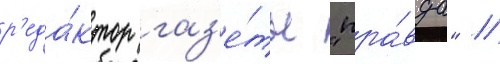
р'еда́ктор газ'е́ты "пра́вда" //